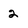
Character: 2